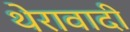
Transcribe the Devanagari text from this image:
थेरावादी